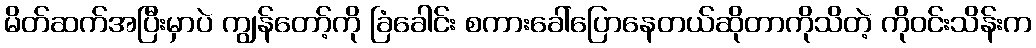
မိတ်ဆက်အပြီးမှာပဲ ကျွန်တော့်ကို ခြံခေါင်း စကားခေါ်ပြောနေတယ်ဆိုတာကိုသိတဲ့ ကိုဝင်းသိန်းက